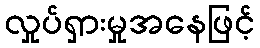
လှုပ်ရှားမှုအနေဖြင့်